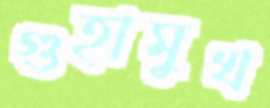
গুহামুখ